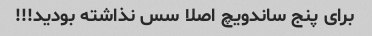
برای پنج ساندویچ اصلا سس نذاشته بودید!!!